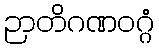
ဉာတိဂဏဝဂ္ဂံ